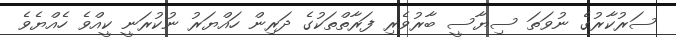
ސަރުކާރުގެ ނުވަތަ ސިޔާސީ ބާރުވެރި ފަރާތްތަކުގެ ދަރިން ހައްޔަރު ނުކުރަނީ ކީއްވެ ހެއްޔެވެ